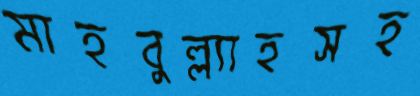
মাহবুল্ল্যাহসহ